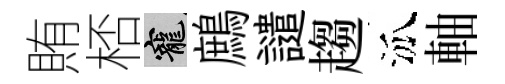
賄桮寵鷓譴趨泒軸